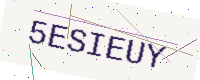
Text: 5ESIEUY